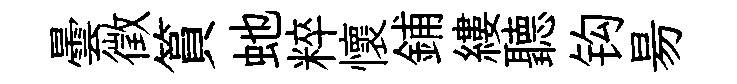
曇徵篔虵粹懷鋪縷聽钩昜